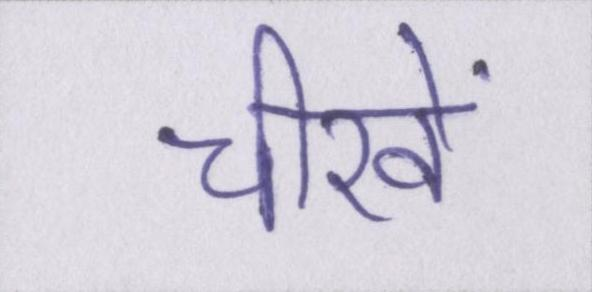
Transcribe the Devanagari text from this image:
चीखें